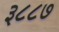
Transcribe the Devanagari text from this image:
३८८७